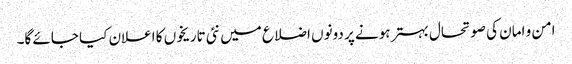
امن و امان کی صوتحال بہتر ہونے پر دونوں اضلاع میں نئی تاریخوں کا اعلان کیا جائے گا۔